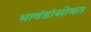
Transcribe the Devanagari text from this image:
भावंडांसोबत